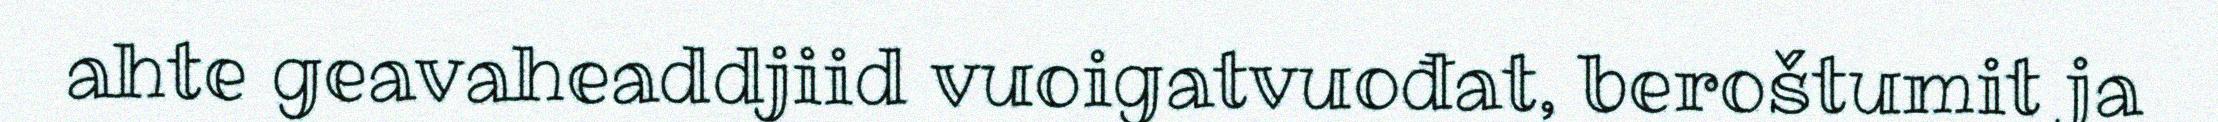
ahte geavaheaddjiid vuoigatvuođat, beroštumit ja